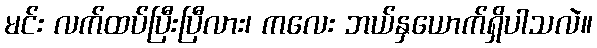
မင်း လက်ထပ်ပြီးပြီလား၊ ကလေး ဘယ်နှယောက်ရှိပါသလဲ။